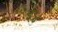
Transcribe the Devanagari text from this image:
इ४